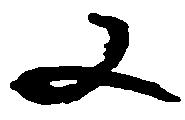
又